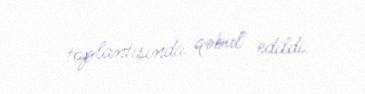
toplantısında qəbul edildi.